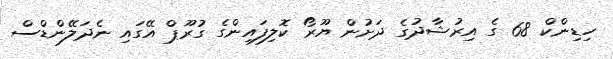
ހިޑިންކް 68 ގެ އިރުޝާދުގެ ދަށުން ޔޫރޯ ކޮލިފައިންގެ ގުރޫޕް އޭގައި ނެދަލޭންޑްސް